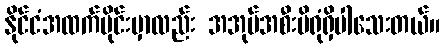
နိုင်ငံအထက်ပိုင်းမှာလည်း အအုပ်အစီးမိရုံရှိပါသေးတယ်။